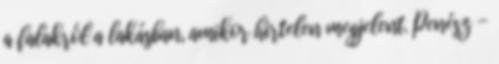
a falakról a lakásban, amikor hirtelen megjelent. Penész -